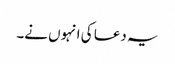
یہ دعا کی انہوں نے۔